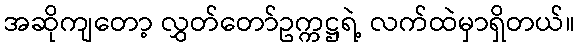
အဆိုကျတော့ လွှတ်တော်ဥက္ကဋ္ဌရဲ့ လက်ထဲမှာရှိတယ်။